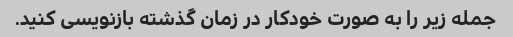
جمله زیر را به صورت خودکار در زمان گذشته بازنویسی کنید.